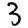
Digit: 3